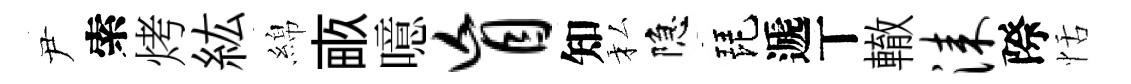
尹索烤紘綿畞噫盲知私隐琵遞丅轍漆際恬